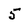
Character: 5